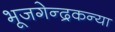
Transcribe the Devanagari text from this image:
भूजगेन्द्रकन्या